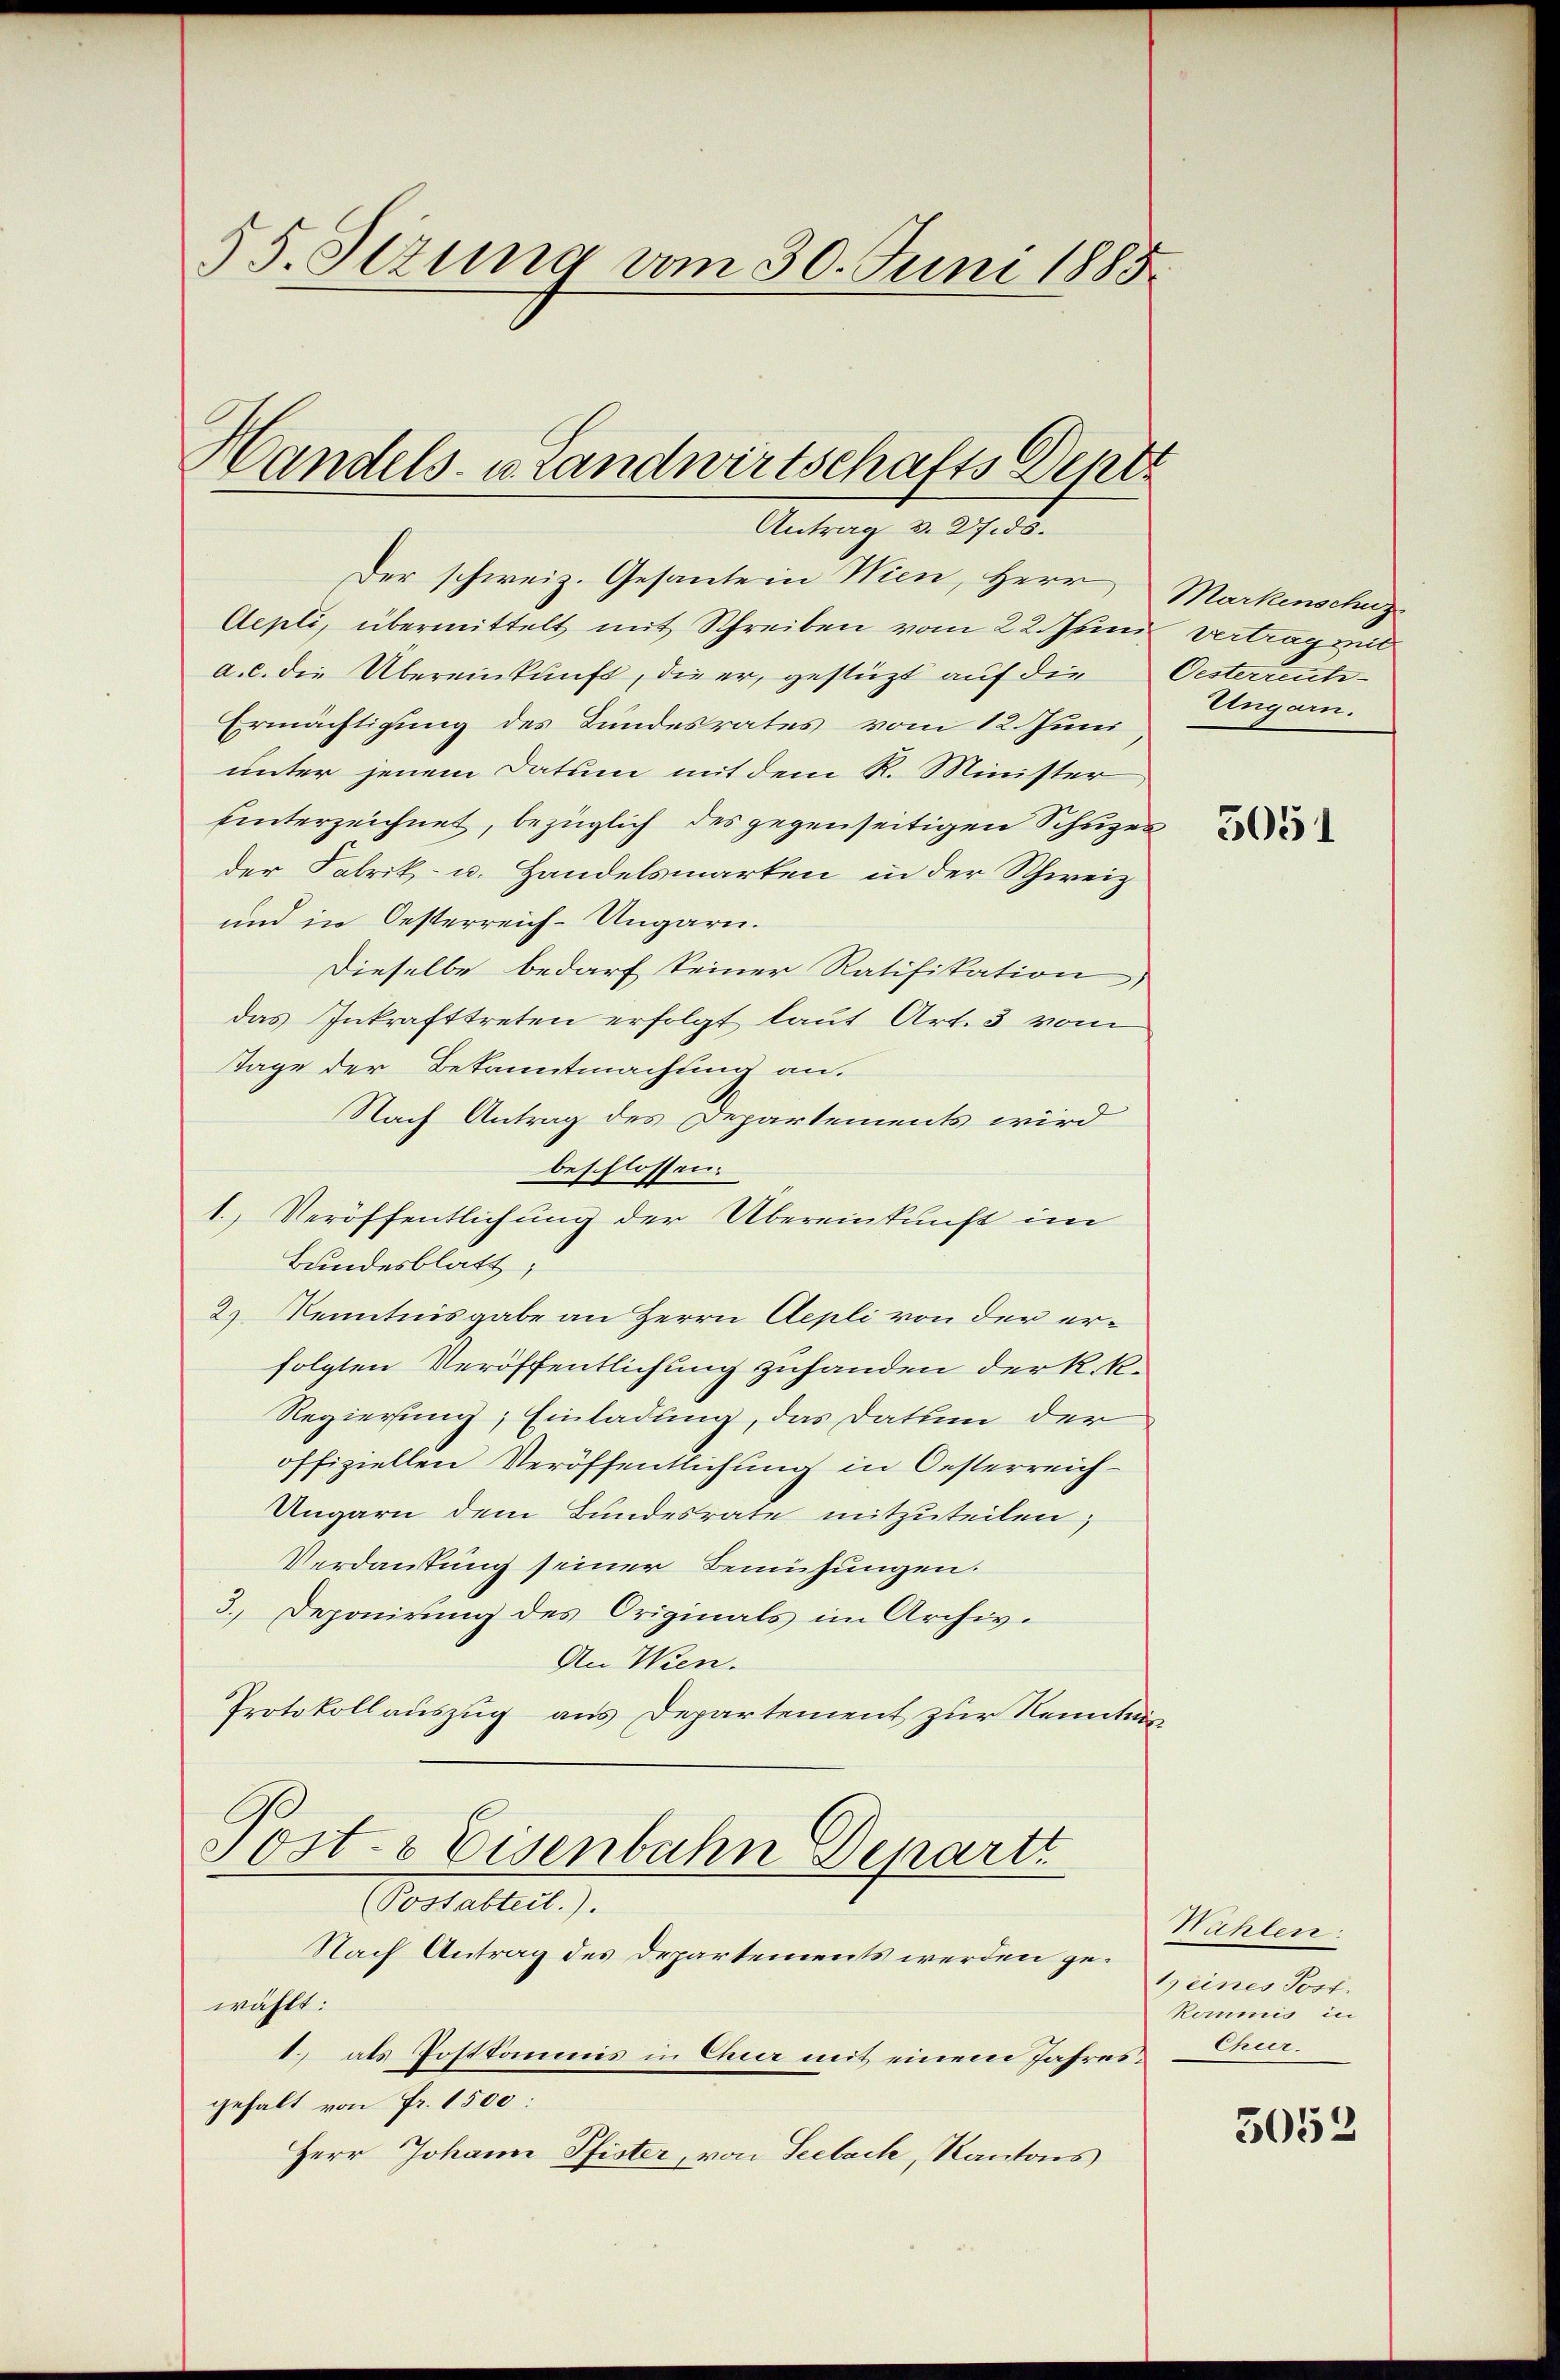
55. Sizung vom 30. Juni 1885

Handels- u. Landwirtschafts Deptt
Antrag v. 27.ds.

Der schweiz. Gesante in Wien, Herr Markenschuz
Aepti, übermittelt mit Schreiben vom 22. Juni vertrag mit
a.c. die Übereinkunft, die er, gestüzt auf die Oesterrech¬
Ermächtigung des Bundesrates vom 12. Juni
unter jenem Datum mit dem R. Minister
hinterzeichnet, bezüglich des gegenseitigen Schuzer
der Fabrik- u. Handelsmarken in der Schweiz
und in Oesterreich-Ungarn.
Dieselbe bedarf keiner Ratifikation
das Inkrafttreten erfolgt laut Art. 3 vom
age der Bekanntmachung an.
Nach Antrag des Departements wird
beschlossen:
1. Veröffentlichung der Übereinkunft im
Bundesblatt,
2) Kenntnisgabe an Herrn Aepli von der erfolgten Veröffentlichung zuhanden der k.k.
Regierung, Einladung, das Datum der
offiziellen Veröffentlichung in Oesterreich¬
Ungarn dem Bundesrate mitzuteilen,
Verdankung seiner Bemühungen.
3. Deponirung des Originals im Archiv.
An Wien.
Protokollauszug aus Departement zur Kenntnis
Post- & Eisenbahn Departt
(Postabteil.).
Nach Antrag des Departements werden gewählt:
1. als Postkommnis in Clua mit einem Jahres Chur.
gehalt von Fr. 1500:
Herr Johann Pfister, von Seebach, Kantons

Ungarn.

5051

Mühlen.
1) eines Post.
Kommis in

5052